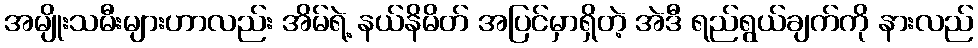
အမျိုးသမီးများဟာလည်း အိမ်ရဲ့ နယ်နိမိတ် အပြင်မှာရှိတဲ့ အဲဒီ ရည်ရွယ်ချက်ကို နားလည်